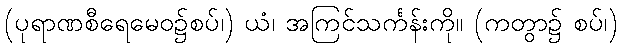
(ပုရာဏစီရေမေဝ၌စပ်၊) ယံ၊ အကြင်သင်္ကန်းကို။ (ကတွာ၌ စပ်၊)